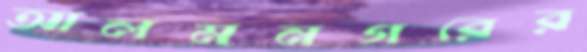
আলমনগরের